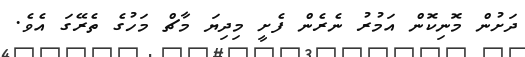
ދަށުން މޮނިކޮން އަމުރު ނެރެން ފެށީ މިދިޔަ މާޗް މަހުގެ ތެރޭގަ އެވެ.